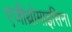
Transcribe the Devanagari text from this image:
एजीथ्रोमाइसिन।